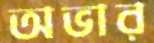
অভার